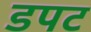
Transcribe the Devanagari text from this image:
डपट